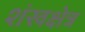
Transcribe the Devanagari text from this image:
शंखक्षेत्र